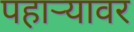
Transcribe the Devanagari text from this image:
पहाऱ्यावर